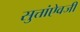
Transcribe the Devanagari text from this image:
सुत्तांऐवजी